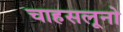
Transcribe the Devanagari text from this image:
चाहसलूनो